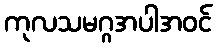
ကုလသမဂ္ဂအပါအဝင်